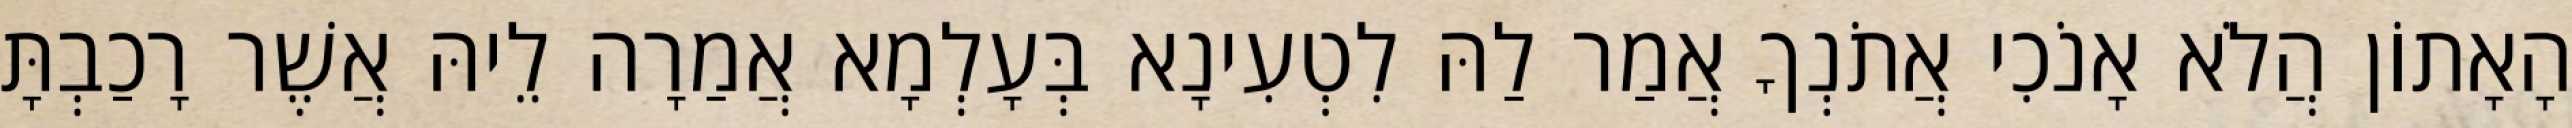
הָאָתוֹן הֲלֹא אָנֹכִי אֲתֹנְךָ אֲמַר לַהּ לִטְעִינָא בְּעָלְמָא אֲמַרָה לֵיהּ אֲשֶׁר רָכַבְתָּ